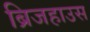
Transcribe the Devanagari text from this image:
ब्रिजहाउस